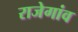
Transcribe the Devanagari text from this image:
राजेगांव